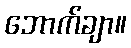
ဘောက်ချာ။